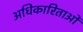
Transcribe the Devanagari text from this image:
अधिकारिताओं